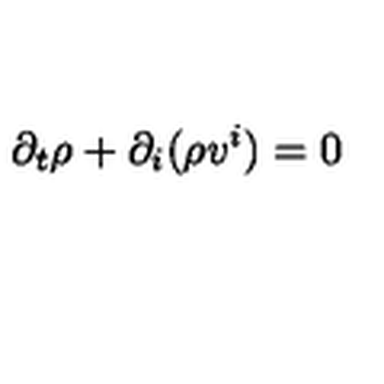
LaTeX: \partial _ { t } \rho + \partial _ { i } ( \rho v ^ { i } ) = 0